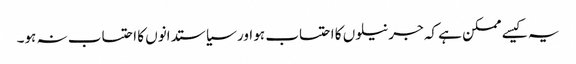
یہ کیسے ممکن ہے کہ جرنیلوں کا احتساب ہو اور سیاستدانوں کا احتساب نہ ہو۔